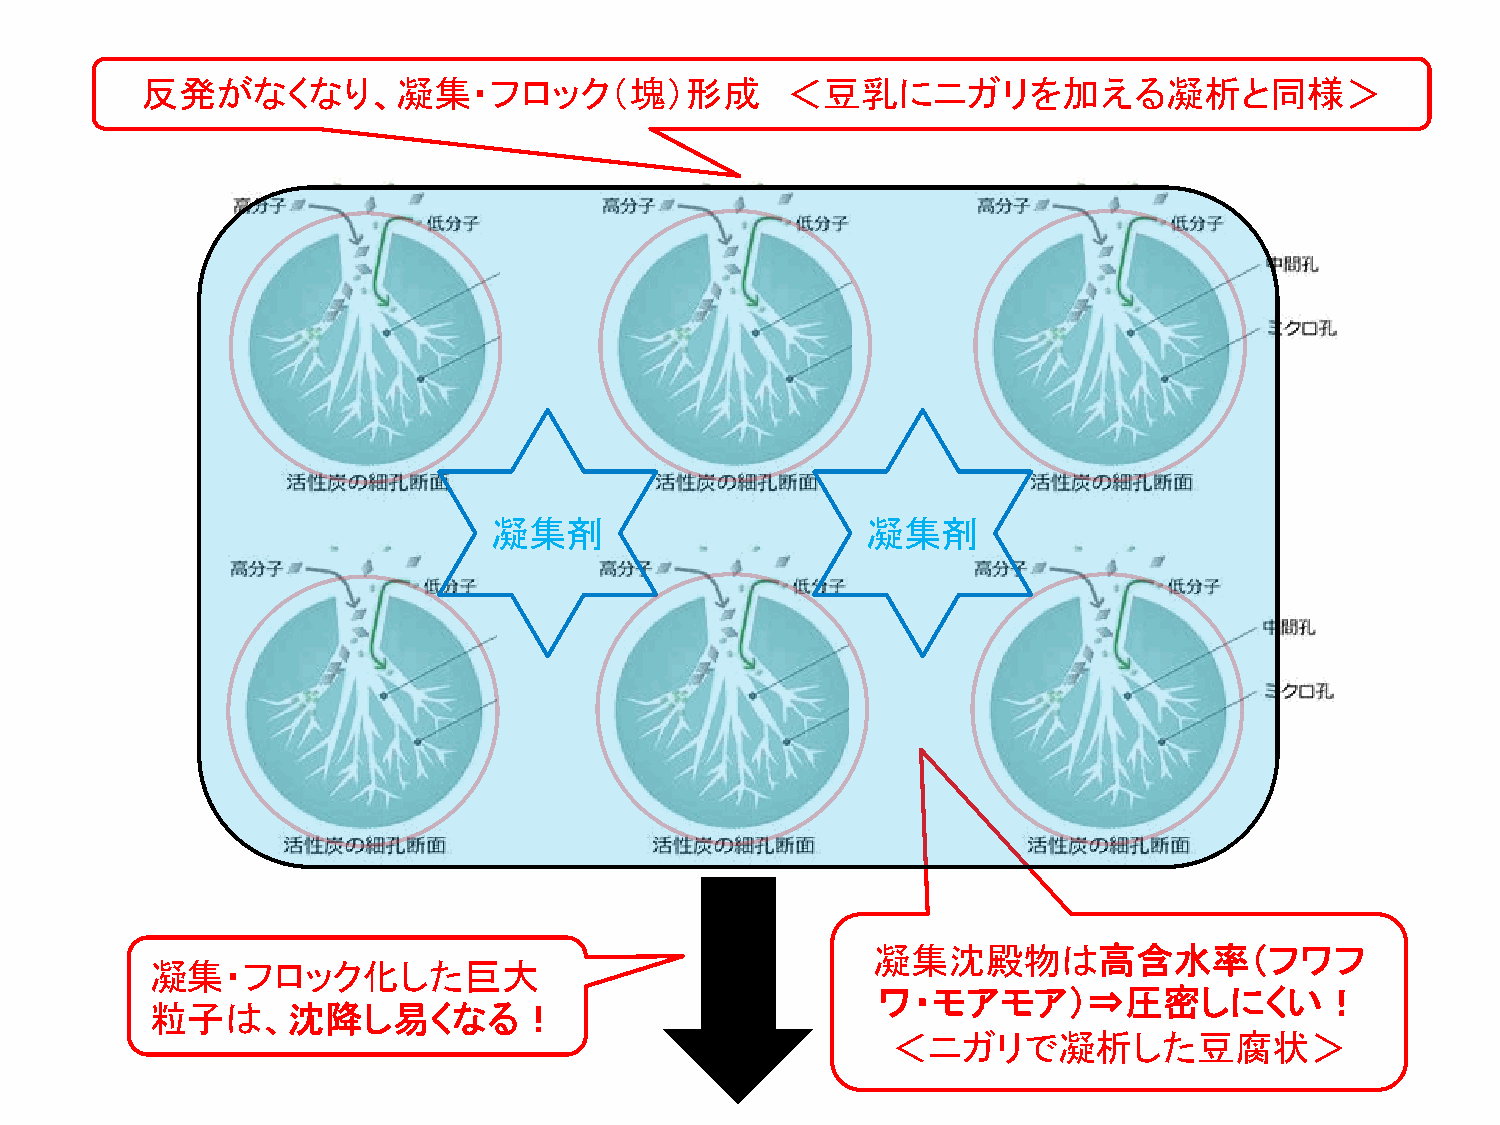
反発がなくなり、凝集・フロック（塊）形成                       ＜豆乳にニガリを加える凝析と同様＞
 凝集剤                     凝集剤
 凝集沈殿物は高含水率（フワフ
 凝集・フロック化した巨大
 ワ・モアモア）⇒圧密しにくい！
 粒子は、沈降し易くなる！
 ＜ニガリで凝析した豆腐状＞